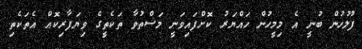
ފުލުހުން ބުނީ އެ މިމީހުން ހައްޔަރު ކޮށްފައިވަނީ މަސްތުވާ ތަކެތީގެ ވިޔަފާރިކޮއް އެތަކެތި